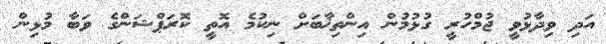
އަދި ވިދާޅުވީ ޖުމްހުރީ ގުޅުމުން އިންތިޚާބަށް ނިކުމެ އޮތީ ކޮރަޕްޝަންގެ ވަބާ މުޅިން